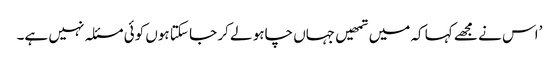
’اس نے مجھے کہا کہ میں تمھیں جہاں چاہو لے کر جا سکتا ہوں کوئی مسئلہ نہیں ہے۔